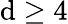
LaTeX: \mathrm{d}\ge4